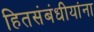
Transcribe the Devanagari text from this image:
हितसंबंधीयांना